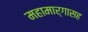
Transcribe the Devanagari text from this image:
महामार्गासह